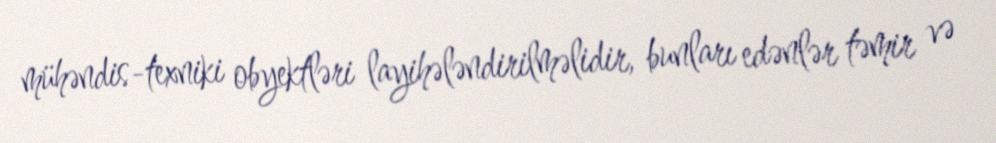
mühəndis-texniki obyektləri layihələndirilməlidir, bunları edənlər təmir və